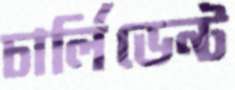
চার্লিডেন্ট